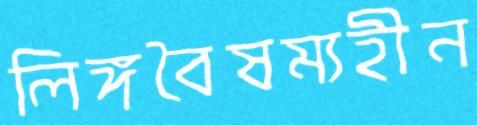
লিঙ্গবৈষম্যহীন